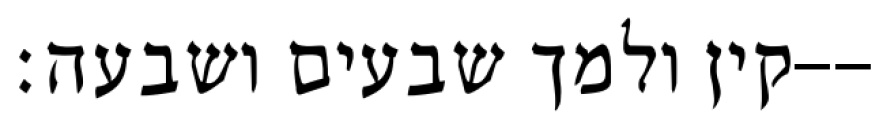
קין ולמך שבעים ושבעה׃--